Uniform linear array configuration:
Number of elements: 4
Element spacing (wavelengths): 1
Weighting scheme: exponential
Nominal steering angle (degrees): -15
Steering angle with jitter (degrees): -15.655
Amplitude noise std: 0.05
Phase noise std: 0.05

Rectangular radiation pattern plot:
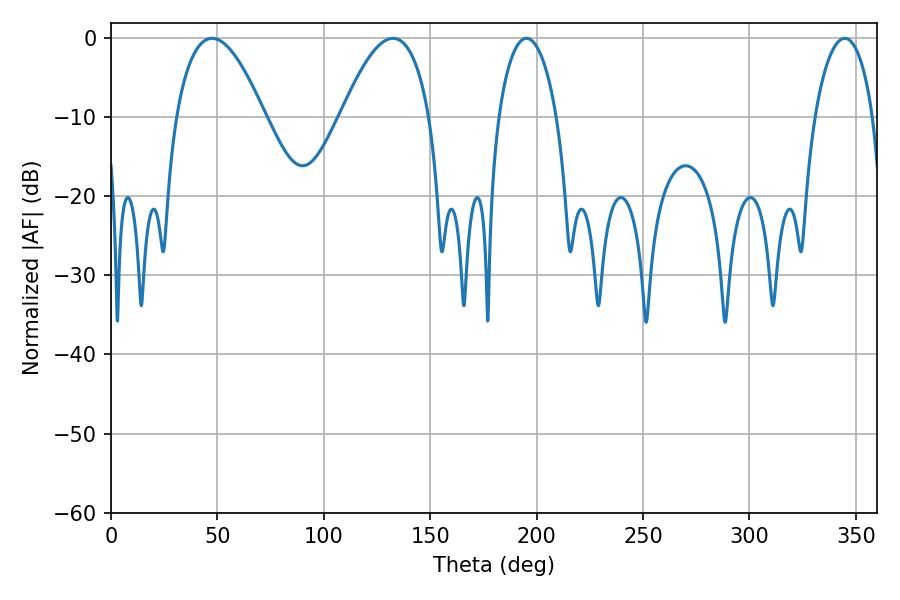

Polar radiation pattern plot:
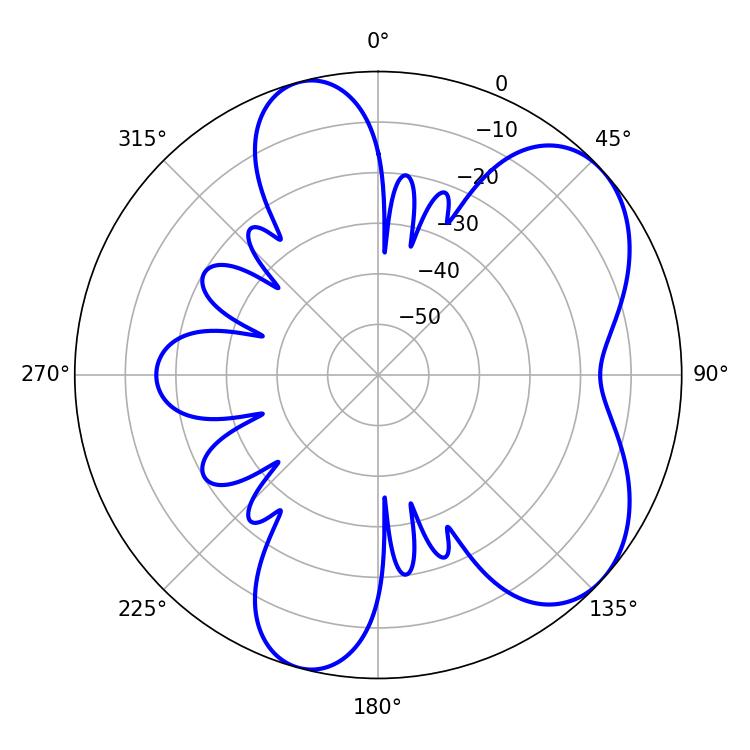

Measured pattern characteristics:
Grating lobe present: TRUE
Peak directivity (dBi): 6.054
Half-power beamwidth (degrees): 22.86
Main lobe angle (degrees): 47.52